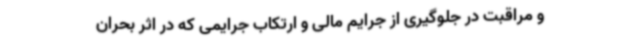
و مراقبت در جلوگیری از جرایم مالی و ارتکاب جرایمی که در اثر بحران